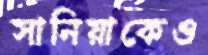
সানিয়াকেও